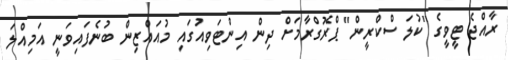
ރާއްޖެ ޓީވީގެ "ކުލަ ސްކްރީން" ޕްރޮގްރާމަށް ދިން އިންޓަވިއުގައި މުއައްޒިން ބުނެފައިވަނީ އަމިއްލަ